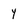
Character: y